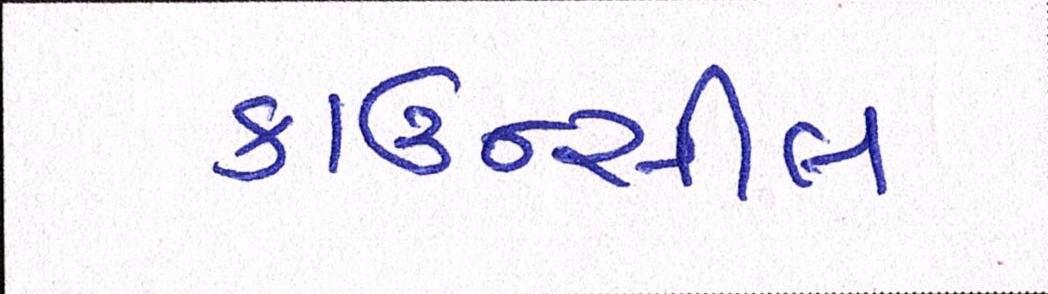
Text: કાઉન્સીલ